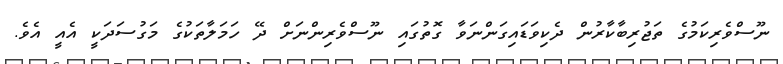
ނޫސްވެރިކަމުގެ ތަޖުރިބާކާރުން ދެކިވަޑައިގަންނަވާ ގޮތުގައި ނޫސްވެރިންނަށް ދޭ ހަމަލާތަކުގެ މަގުސަދަކީ އެއީ އެވެ.